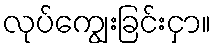
လုပ်ကျွေးခြင်းငှာ။